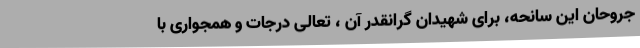
جروحان این سانحه، برای شهیدان گرانقدر آن ، تعالی درجات و همجواری با